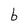
Character: b